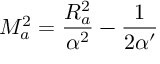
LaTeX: M _ { a } ^ { 2 } = \frac { R _ { a } ^ { 2 } } { \alpha ^ { 2 } } - \frac { 1 } { 2 \alpha ^ { \prime } }